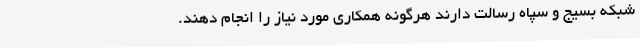
شبکه بسیج و سپاه رسالت دارند هرگونه همکاری مورد نیاز را انجام دهند.